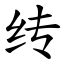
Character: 䌸